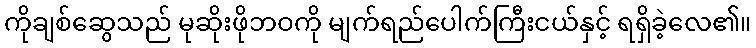
ကိုချစ်ဆွေသည် မုဆိုးဖိုဘဝကို မျက်ရည်ပေါက်ကြီးငယ်နှင့် ရရှိခဲ့လေ၏။